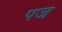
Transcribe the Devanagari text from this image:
पज